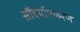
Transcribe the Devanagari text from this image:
सौंदर्योपकरण